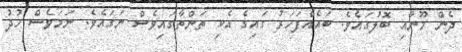
ދެން މޫނާއި ބޮލުގައެވެ. ބައެއްފަހަރު ގައިގެ އެކި ތަންތާގައިވެސް ނަގައެވެ. ނަމަވެސް ހުދު